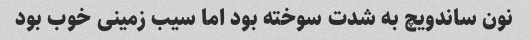
نون ساندویچ به شدت سوخته بود اما سیب زمینی خوب بود